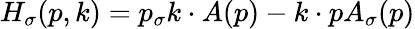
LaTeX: H_{\sigma}(p,k)=p_{\sigma}k\cdot A(p)-k\cdot pA_{\sigma}(p)